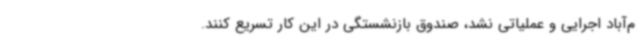
م‌آباد اجرایی و عملیاتی نشد، صندوق بازنشستگی در این کار تسریع کنند.